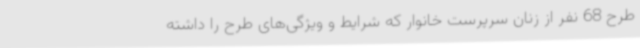
طرح 68 نفر از زنان سرپرست خانوار که شرایط و ویژگی‌های طرح را داشته